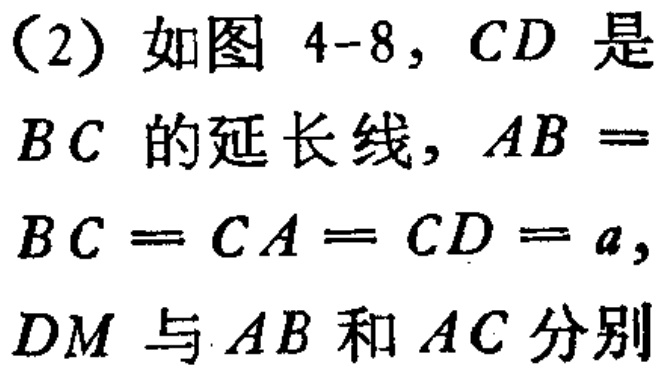
（2）如图 4-8，$CD$ 是$BC$ 的延长线，$AB =BC = CA = CD = a$，$DM$ 与 $AB$ 和 $AC$ 分别